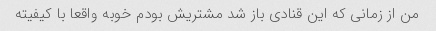
من از زمانی که این قنادی باز شد مشتریش بودم خوبه واقعا با کیفیته